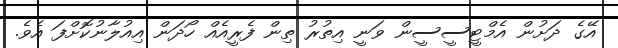
އޭގެ ދަށުން އެމްޓީސީސީން ވަނީ އިތުރު ތިން ފެރީއެއް ހޯދަން އިއުލާނުކޮށްފަ އެވެ.